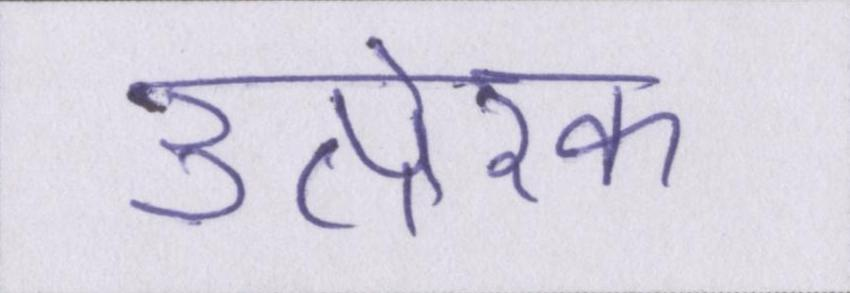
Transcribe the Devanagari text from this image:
उत्प्रेरक